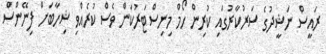
ރައީސް ނަޝީދުގެ ސަރުކާރުގައި ކުރިން ހޯމް މިނިސްޓަރުކަން ވެސް ކުރެއްވި ޝިހާބަށް ފިނޭންސް